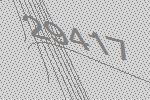
29417